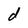
Character: d